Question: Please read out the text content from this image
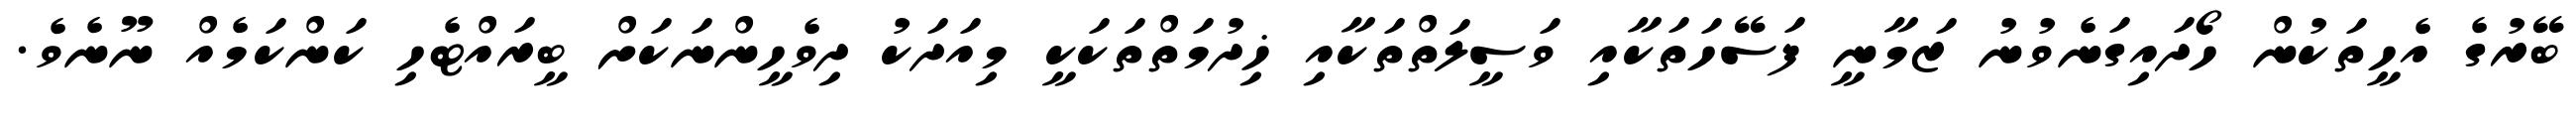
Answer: ބޭރުގެ އެހީތަކުން ހޯދައިގަނެވުނު ޒަމާނީ ފަސޭހަތަކާއި ވަސީލަތްތަކާއި ޚިދުމަތްތަކަކީ މިއަދަކު ދިވެހީންނަކަށް ބީރައްޓެހި ކަންކަމެއް ނޫނެވެ.